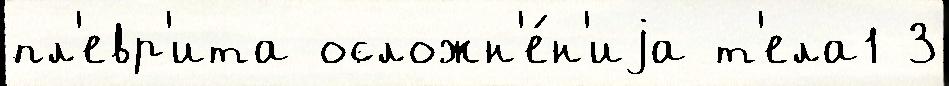
пл'евр'ита осложн'е́н'иjа т'ела1 3